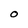
Character: O